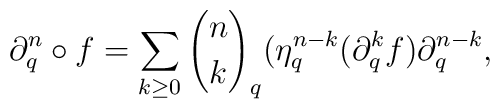
\partial_{q}^{n}\circ f=\sum_{{k \ge 0}}{n\choose k}_{q}(\eta_{q}^{n-k}(\partial_{q}^{k}f)\partial_{q}^{n-k},